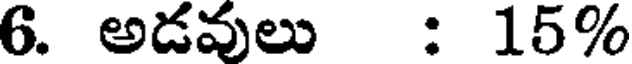
6. అడవులు : 15%